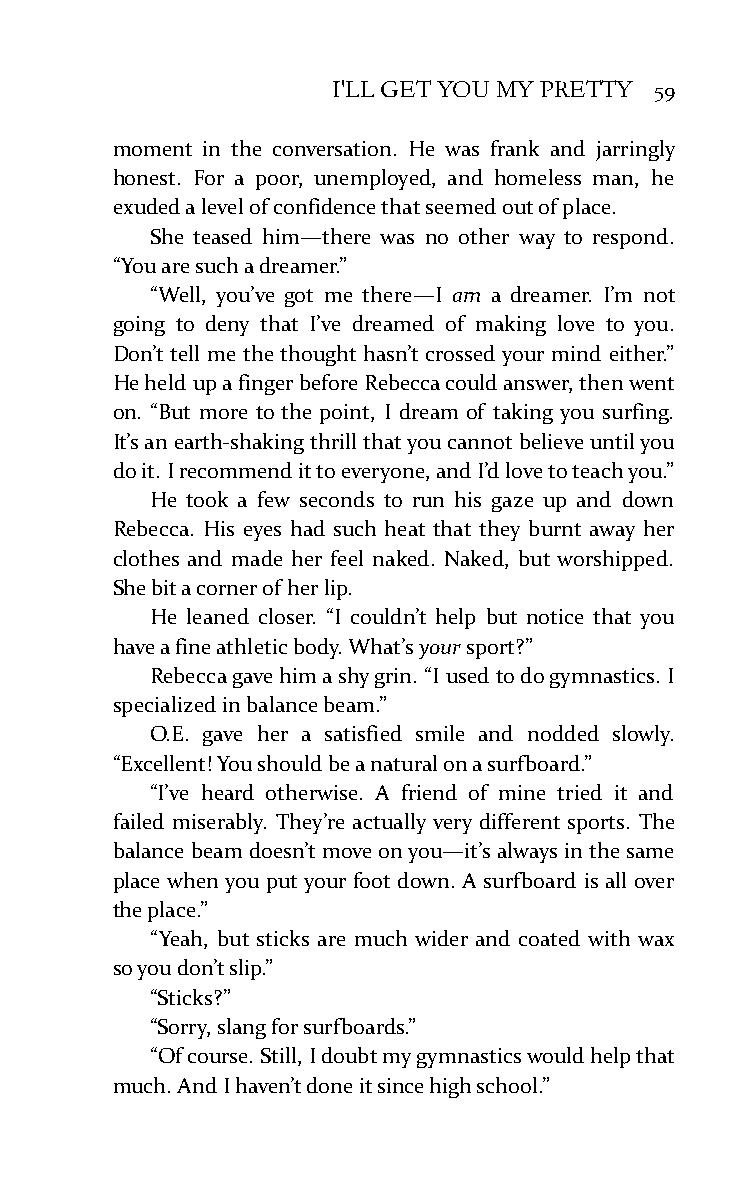
I'LL GET YOU MY PRETTY 59
 moment in the conversation. He was frank and jarringly
 honest. For a poor, unemployed, and homeless man, he
 exuded a level of confidence that seemed out of place.
 She teased him—there was no other way to respond.
 “You are such a dreamer.”
 “Well, you’ve got me there—I am a dreamer. I’m not
 going to deny that I’ve dreamed of making love to you.
 Don’t tell me the thought hasn’t crossed your mind either.”
 He held up a finger before Rebecca could answer, then went
 on. “But more to the point, I dream of taking you surfing.
 It’s an earth-shaking thrill that you cannot believe until you
 do it. I recommend it to everyone, and I’d love to teach you.”
 He took a few seconds to run his gaze up and down
 Rebecca. His eyes had such heat that they burnt away her
 clothes and made her feel naked. Naked, but worshipped.
 She bit a corner of her lip.
 He leaned closer. “I couldn’t help but notice that you
 have a fine athletic body. What’s your sport?”
 Rebecca gave him a shy grin. “I used to do gymnastics. I
 specialized in balance beam.”
 O.E. gave her a satisfied smile and nodded slowly.
 “Excellent! You should be a natural on a surfboard.”
 “I’ve heard otherwise. A friend of mine tried it and
 failed miserably. They’re actually very different sports. The
 balance beam doesn’t move on you—it’s always in the same
 place when you put your foot down. A surfboard is all over
 the place.”
 “Yeah, but sticks are much wider and coated with wax
 so you don’t slip.”
 “Sticks?”
 “Sorry, slang for surfboards.”
 “Of course. Still, I doubt my gymnastics would help that
 much. And I haven’t done it since high school.”